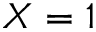
X = 1